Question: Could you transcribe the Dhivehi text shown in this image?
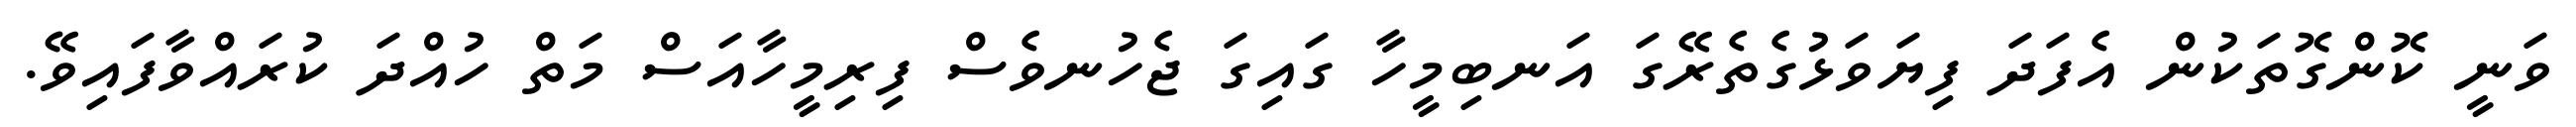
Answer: ވަނީ ކޮންގޮތަކުން އެފަދަ ފިޔަވަޅުގެތެރޭގަ އަނބިމީހާ ގައިގަ ޖެހުނވެސް ފިރިމީހާއަސް މަތް ހުއްދަ ކުރައްވާފައިވޭ.